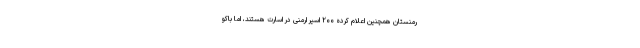
رمنستان همچنین اعلام کرده ۲۰۰ اسیر ارمنی در اسارت هستند، اما باکو